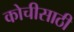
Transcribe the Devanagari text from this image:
कोचीसाठी